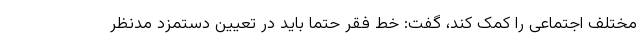
مختلف اجتماعی را کمک کند، گفت: خط فقر حتما باید در تعیین دستمزد مدنظر